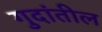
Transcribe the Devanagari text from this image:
गुदांतील